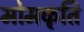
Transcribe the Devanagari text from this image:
मोमकृति